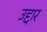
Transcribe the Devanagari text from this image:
उद्दार